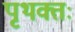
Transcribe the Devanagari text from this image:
पृथक्तः